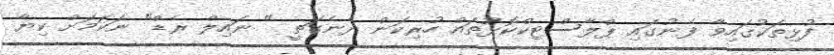
ފުޅިތަކުގައިވާ ފެނުގައި ޕްލާސްޓިކްކޮޅުތައް ހުރިކަން ދެނެގަތީ " ނައިލް ރެޑް" ނަކަމަށް ކިޔާ